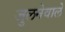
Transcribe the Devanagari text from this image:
जुलनेवाले